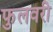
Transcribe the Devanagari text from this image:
फुलवरी